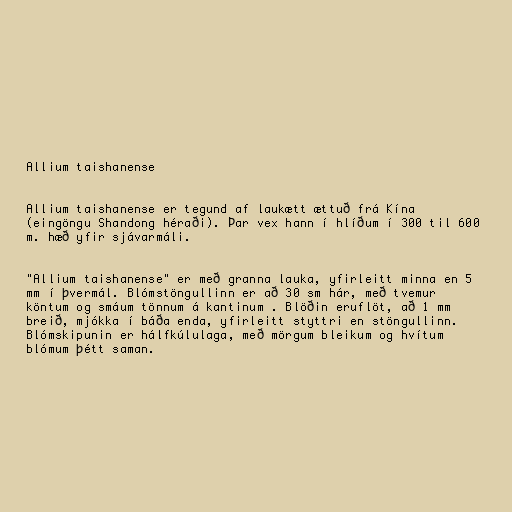
Allium taishanense

Allium taishanense er tegund af laukætt ættuð frá Kína
(eingöngu Shandong héraði). Þar vex hann í hlíðum í 300 til 600
m. hæð yfir sjávarmáli.

"Allium taishanense" er með granna lauka, yfirleitt minna en 5
mm í þvermál. Blómstöngullinn er að 30 sm hár, með tvemur
köntum og smáum tönnum á kantinum . Blöðin eruflöt, að 1 mm
breið, mjókka í báða enda, yfirleitt styttri en stöngullinn.
Blómskipunin er hálfkúlulaga, með mörgum bleikum og hvítum
blómum þétt saman.